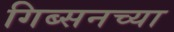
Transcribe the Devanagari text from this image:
गिब्सनच्या